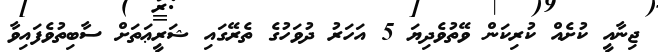
ޖިނާއީ ކުށެއް ކުރިކަން ވޭތުވެދިޔަ 5 އަހަރު ދުވަހުގެ ތެރޭގައި ޝަރީޢަތަށް ސާބިތުވެފައިވާ